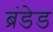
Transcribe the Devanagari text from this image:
ब्रंडेड